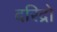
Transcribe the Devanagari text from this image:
दरिद्रो